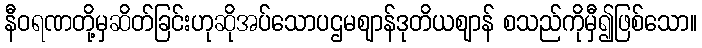
နီဝရဏတို့မှဆိတ်ခြင်းဟုဆိုအပ်သောပဌမဈာန်ဒုတိယဈာန် စသည်ကိုမှီ၍ဖြစ်သော။